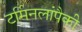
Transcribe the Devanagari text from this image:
टर्मिनलांपैकी